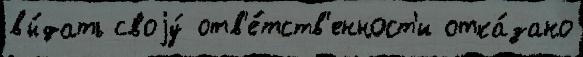
вы́дать своjу́ отв'е́тств'енност'и отка́зано